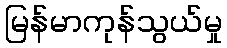
မြန်မာကုန်သွယ်မှု